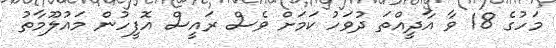
މަހުގެ 18 ވާ އާދީއްތަ ދުވަހު ކަމަށް ވެސް ރައީސް އޮފީހުން މައުލޫމާތު